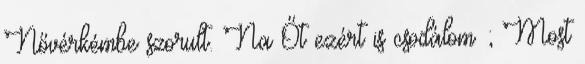
Nővérkémbe szorult. Na Őt ezért is csodálom ; Most